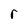
Character: r